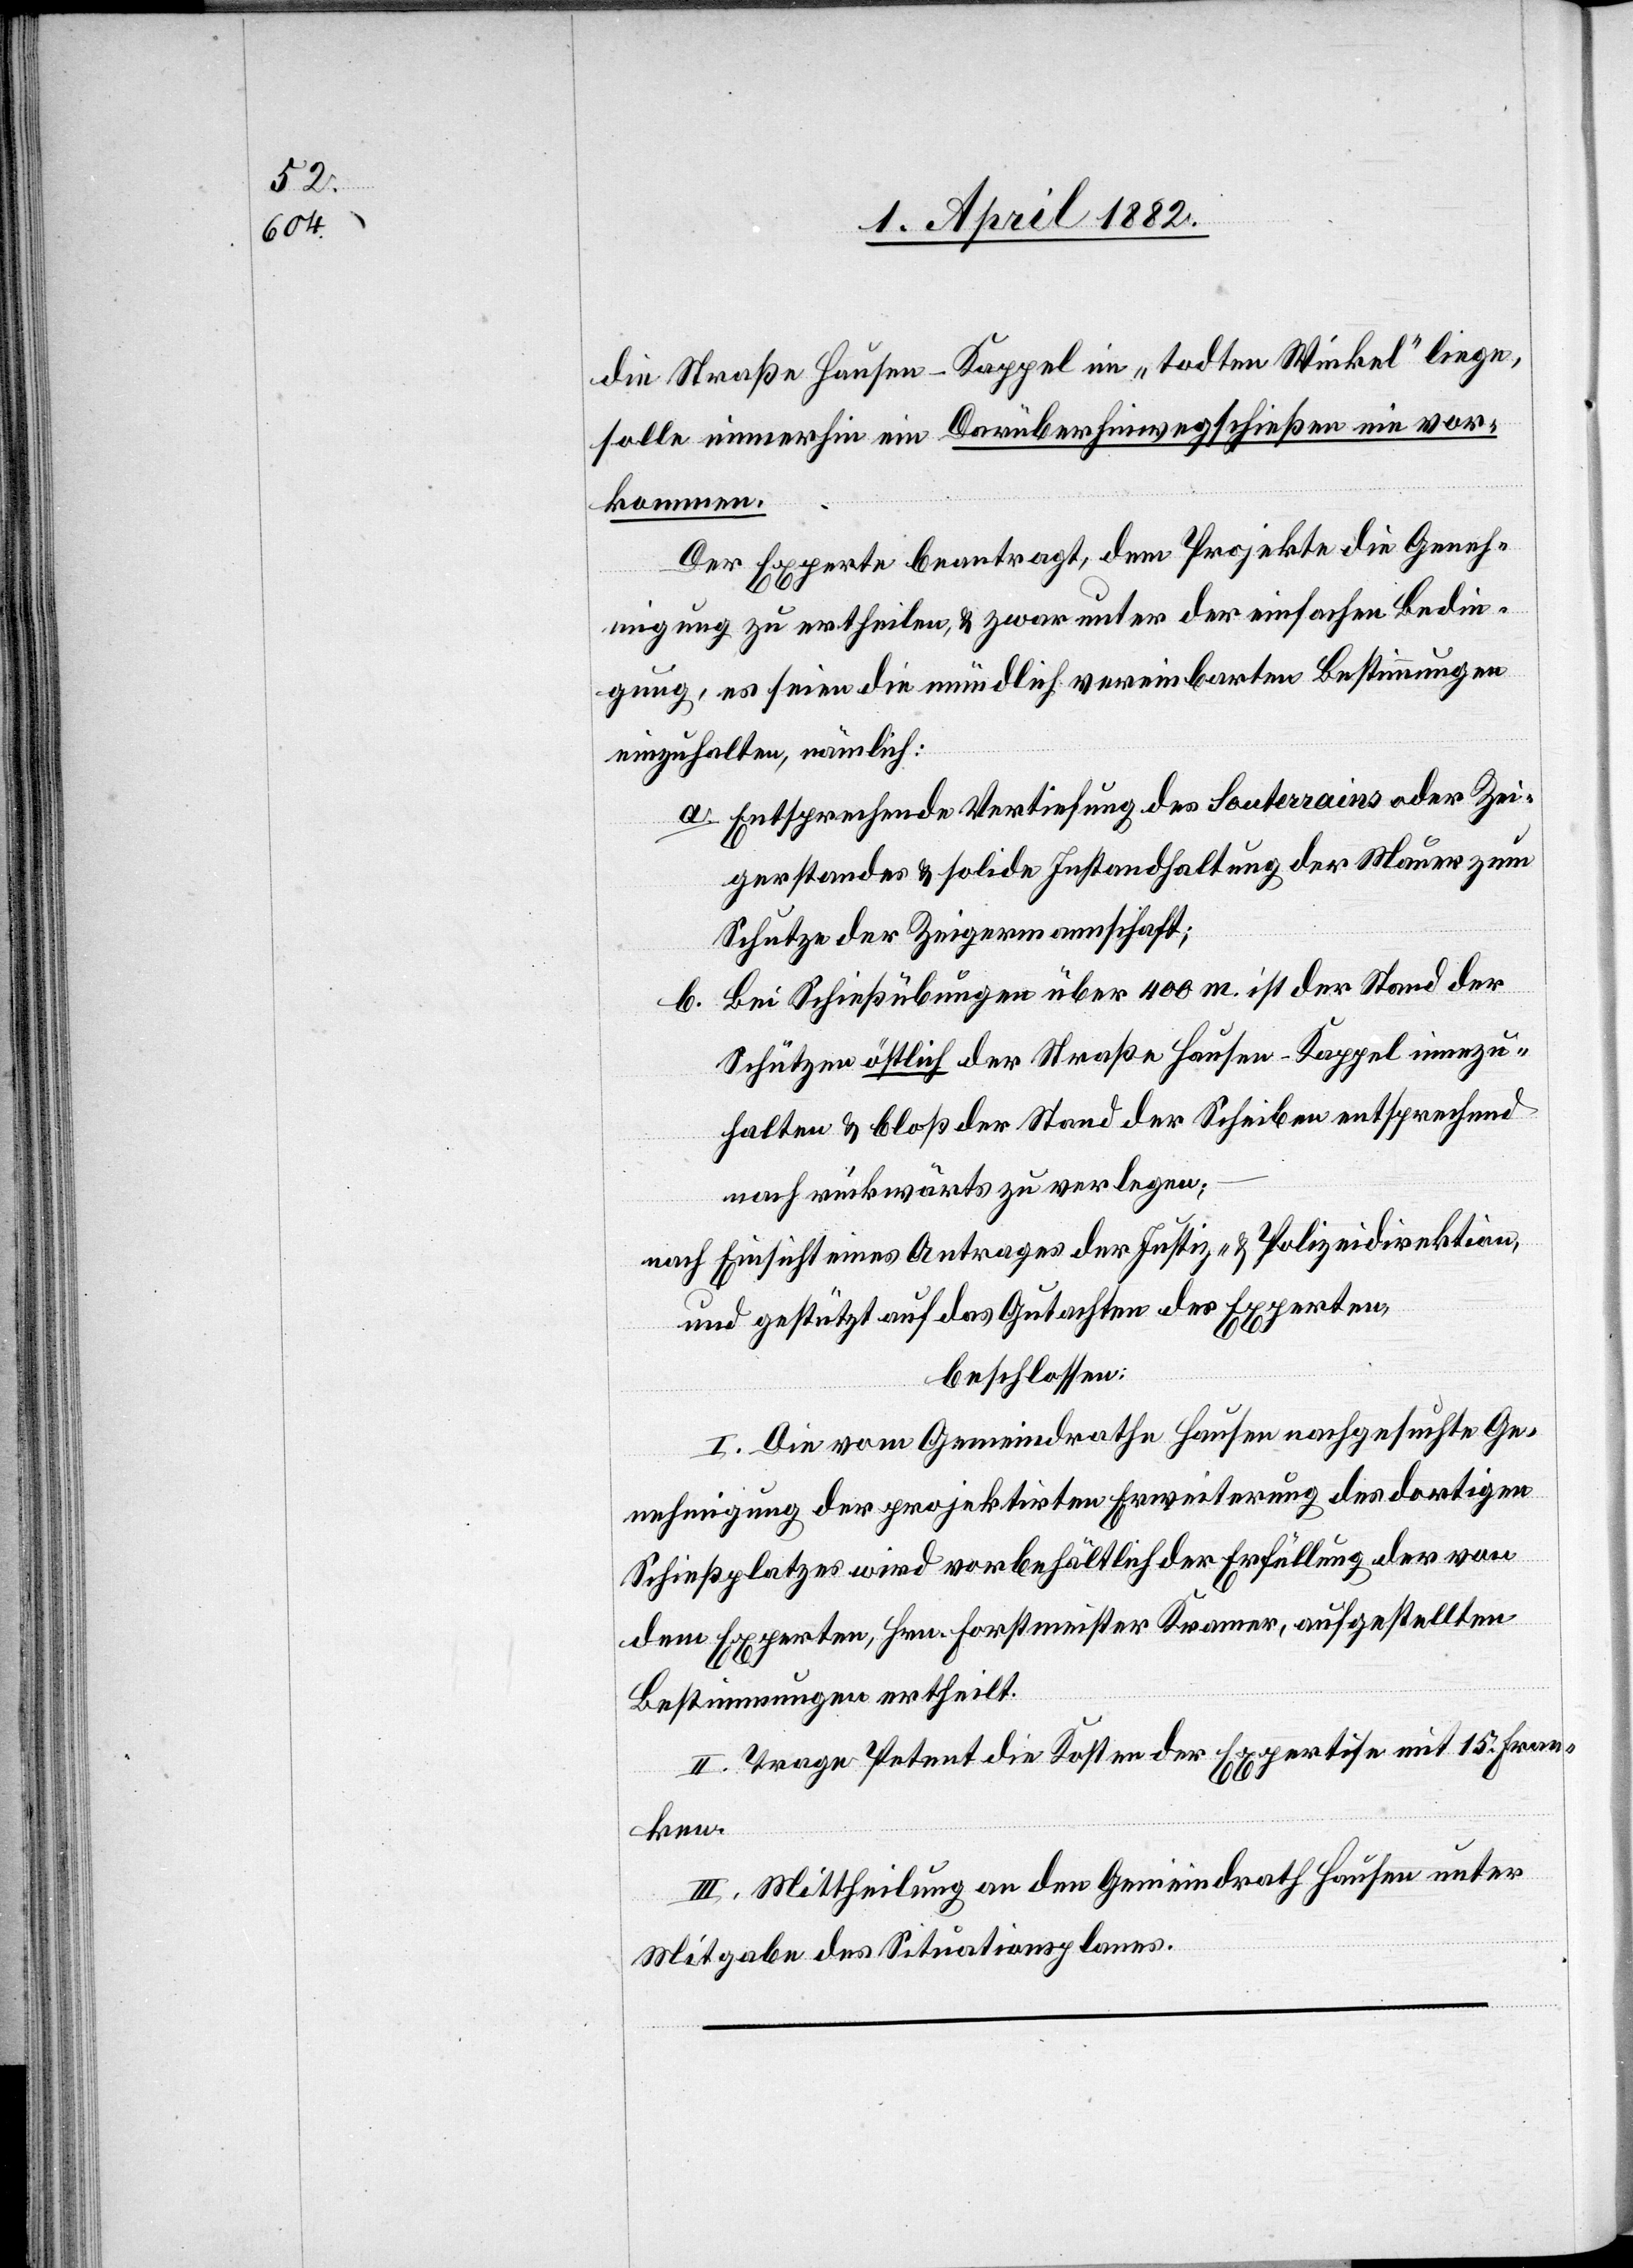
die Straße Hausen–Kappel im „todten Winkel“ liege,
solle immerhin ein Darüberhinwegschießen nie vor¬
kommen.
Der Experte beantragt, dem Projekte die Geneh¬
migung zu ertheilen, & Zwar unter der einfachen Bedin¬
gung, es seien die mündlich vereinbarten Bestimmungen
einzuhalten, nämlich:
Entsprechende Vertiefung des Souterrains oder Zei¬
gerstandes & solide Instandhaltung der Mauer zum
Schutze der Zeigermannschaft;
Bei Schießübungen über 400 m. ist der Stand der
b.
Schützen östlich der Straße Hausen–Kappel innezu¬
halten & bloß der Stand der Scheiben entsprechend
nach rückwärts zu verlegen;
nach Einsicht eines Antrages der Justiz- & Polizeidirektion,
und gestützt auf das Gutachten des Experten,
beschlossen:
I. Die vom Gemeindrathe Hausen nachgesuchte Ge¬
nehmigung der projektirten Erweiterung des dortigen
Schießplatzes wird vorbehältlich der Erfüllung der von
dem Experten, Hrn. Forstmeister Kramer, aufgestellten
Bestimmungen ertheilt.
II. Trage Petent die Kosten der Expertise mit 15. Fran¬
ken.
III. Mittheilung an den Gemeindrath Hausen unter
Mitgabe des Situationsplanes.